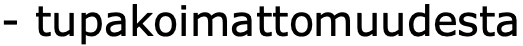
- tupakoimattomuudesta